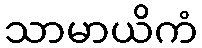
သာမာယိကံ